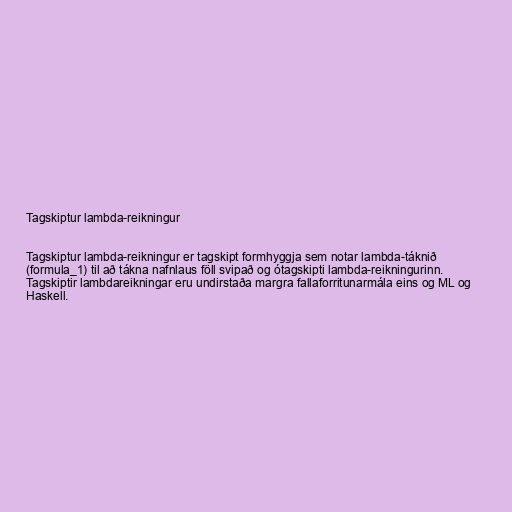
Tagskiptur lambda-reikningur

Tagskiptur lambda-reikningur er tagskipt formhyggja sem notar lambda-táknið
(formula_1) til að tákna nafnlaus föll svipað og ótagskipti lambda-reikningurinn.
Tagskiptir lambdareikningar eru undirstaða margra fallaforritunarmála eins og ML og
Haskell.